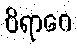
ဝိရာဂေ